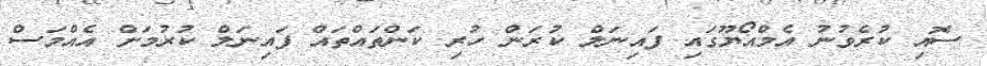
ސޮއި ކުރެވުނު އެމްއޯޔޫގައި ފައިނަލް ކުރަން ހުރި ކަންތައްތައް ފައިނަލް ކުރުމަށް އެއްމަސް